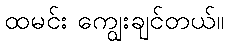
ထမင်း ကျွေးချင်တယ်။